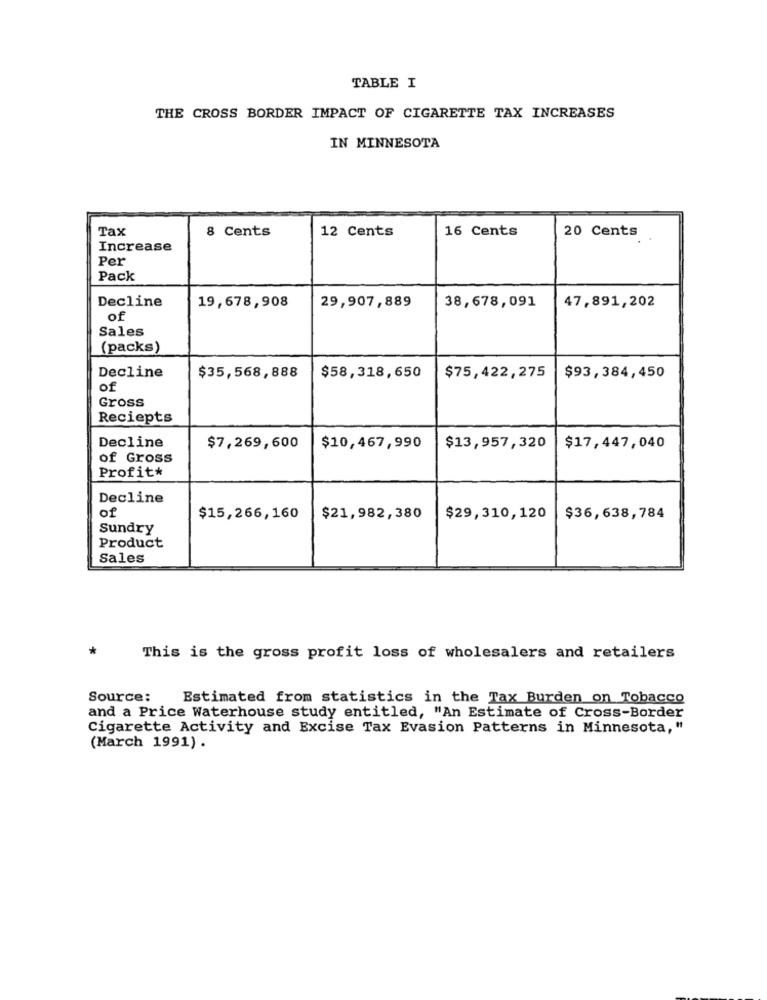
TABLE I
THE CROSS BORDER IMPACT OF CIGARETTE TAX INCREASES
IN MINNESOTA
Tax
8 Cents
12 Cents
16 Cents
20 Cents
Increase
Per
Pack
Decline
19,678,908
29,907,889
38,678,091
47,891,202
of
Sales
(packs)
Decline
$35,568,888
$58,318,650
$93,384,450
$75,422,275
of
Gross
Reciepts
Decline
$7,269,600
$10,467,990
$13,957,320
$17,447,040
of Gross
Profit*
Decline
of
$15,266,160
$21,982,380
$29,310,120
$36,638,784
Sundry
Product
Sales
*
This is the gross profit loss of wholesalers and retailers
Source:
Estimated from statistics in the Tax Burden on Tobacco
and a Price Waterhouse study entitled, "An Estimate of Cross-Border
Cigarette Activity and Excise Tax Evasion Patterns in Minnesota, "
(March 1991) .